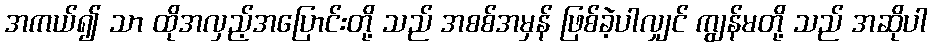
အကယ်၍ သာ ထိုအလှည့်အပြောင်းတို့ သည် အစစ်အမှန် ဖြစ်ခဲ့ပါလျှင် ကျွန်မတို့ သည် အဆိုပါ